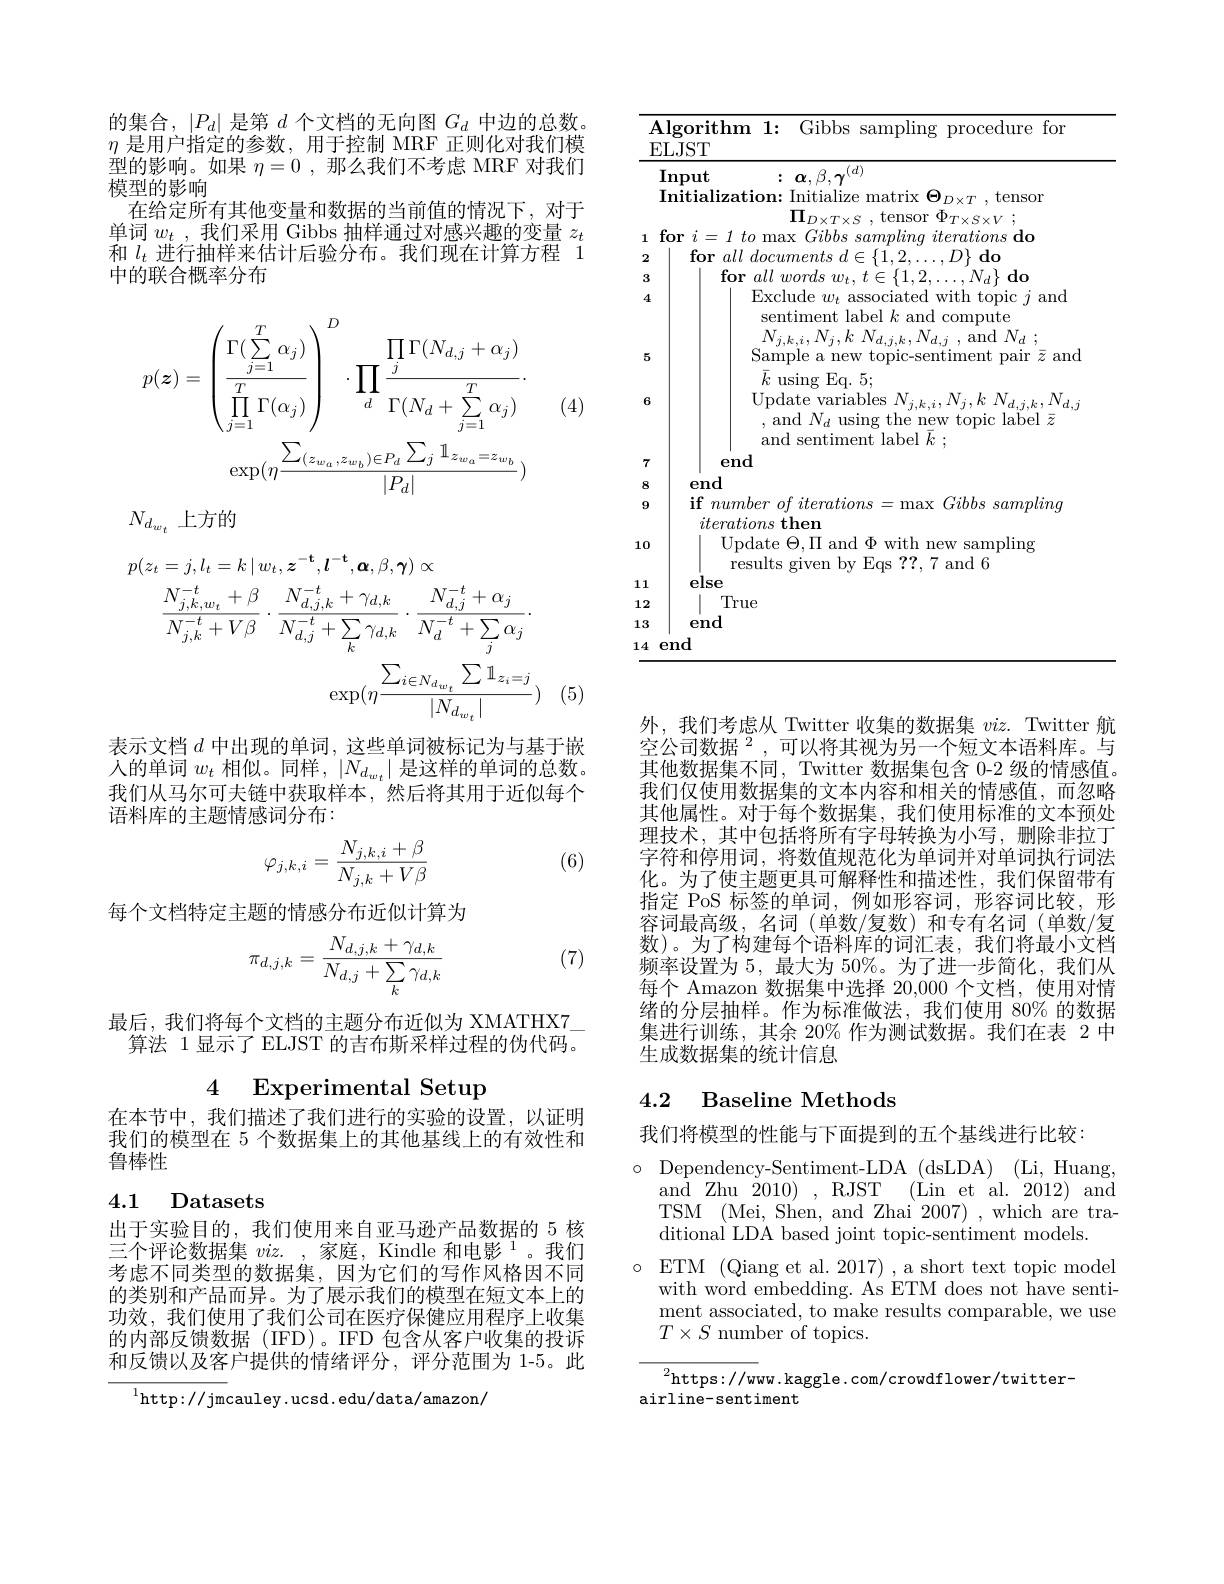
Algorithm 1: Gibbs sampling procedure for
ELJST
$\overline{:\:\boldsymbol{\alpha},\beta,\boldsymbol{\gamma}^{(d)}}$
Input
Initialization: Initialize matrix $\Theta _{D\times T}$,tensor
$\Pi _{D\times T\times S}$ ,tensor$\Phi _T\times S\times V$ ;
$1\textbf{for }i= 1\textit{to max Gibbs sampling iterations do}$
2
$\textbf{for }all\textit{documents }d\in \{ \bar{1} , 2, \ldots , D\} \textbf{do}$
3
$\textbf{for }all\textit{words }w_{t}, t\in \{ 1, 2, \ldots , N_{d}\} \textbf{do}$
Exclude $w_t$ associated with topic $j$ and
4
sentiment label $k$ and compute
$\begin{array}{c}{N_{j,k,i},N_{j},k~N_{d,j,k},N_{d,j}~,~and~N_{d}~;}\\{\mathrm{Sample~a~new~topic-sentiment~pair~}\bar{z}~and}\\\end{array}$
5
$\underset{\mathrm{r}}{\operatorname*{\bar{k}}}$using Eq. 5;
$\begin{array}{c}{\mathrm{Update~variables~}N_{j,k,i},N_{j},k~N_{d,j,k},N_{d,j}}\\{,\mathrm{~and~}N_{d}~\mathrm{using~the~new~topic~label~}\bar{z}}\end{array}$
and sentiment label $\bar{k}$ ;
end
7
end
8
if number of iterations = max Gibbs sampling
9
iterations then
10
Update $\Theta,\Pi$ and $\Phi$ with new sampling
results given by Eqs ? ? , 7 and 6
else
111
1 True
12
end
13
14end

的集合，$|P_d|$是第$d$个文档的无向图$G_d$中边的总数$\eta$是用户指定的参数，用于控制 MRF 正则化对我们模型的影响。如果$\eta=0$ ,那么我们不考虑 MRF 对我们模型的影响
在给定所有其他变量和数据的当前值的情况下，对于单词$w_t$,我们采用 Gibbs 抽样通过对感兴趣的变量$z_t$ 和$l_t$进行抽样来估计后验分布。我们现在计算方程 1中的联合概率分布
$$\begin{aligned}p(\boldsymbol{z})&=\left(\frac{\Gamma(\sum_{j=1}^{T}\alpha_{j})}{\prod_{j=1}^{T}\Gamma(\alpha_{j})}\right)^{D}\cdot\prod_{d}\frac{\prod_{j}\Gamma(N_{d,j}+\alpha_{j})}{\Gamma(N_{d}+\sum_{j=1}^{T}\alpha_{j})}\cdot\\&\exp(\eta\frac{\sum_{(z_{w_{a}},z_{w_{b}})\in P_{d}}\sum_{j}\mathbb{1}_{z_{w_{a}}=z_{w_{b}}}}{|P_{d}|})\end{aligned}$$
(4)

$N_{d_{w_t}}$上方的
$$\begin{aligned}p(z_{t}=j,l_{t}=k\mid w_{t},\boldsymbol{z}^{-\mathbf{t}},\boldsymbol{l}^{-\mathbf{t}},\boldsymbol{\alpha},\beta,\boldsymbol{\gamma})\propto\\&\frac{N_{j,k,w_{t}}^{-t}+\beta}{N_{j,k}^{-t}+V\beta}\cdot\frac{N_{d,j,k}^{-t}+\gamma_{d,k}}{N_{d,j}^{-t}+\sum_{k}\gamma_{d,k}}\cdot\frac{N_{d,j}^{-t}+\alpha_{j}}{N_{d}^{-t}+\sum_{j}\alpha_{j}}\cdot\\&\exp(\eta\frac{\sum_{i\in N_{d_{w_{t}}}}\sum\mathbb{1}_{z_{i}=j}}{|N_{d_{w_{t}}}|})\end{aligned}$$
(5)

表示文档$d$中出现的单词，这些单词被标记为与基于嵌入的单词$w_t$相似。同样，$|N_d_{w_t}|$是这样的单词的总数。我们从马尔可夫链中获取样本，然后将其用于近似每个语料库的主题情感词分布：

(6)
$$\varphi_{j,k,i}=\frac{N_{j,k,i}+\beta}{N_{j,k}+V\beta}$$
每个文档特定主题的情感分布近似计算为

(7)
$$\pi_{d,j,k}=\frac{N_{d,j,k}+\gamma_{d,k}}{N_{d,j}+\sum_{k}\gamma_{d,k}}$$
最后，我们将每个文档的主题分布近似为 XMATHX7
算法 1 显示了 ELJST 的吉布斯采样过程的伪代码。

4 Experimental Setup

在本节中，我们描述了我们进行的实验的设置，以证明我们的模型在 5 个数据集上的其他基线上的有效性和鲁棒性

### 4.1 Datasets

出于实验目的，我们使用来自亚马逊产品数据的 5 核三个评论数据集$viz.$ ,家庭，Kindle 和电影 1。我们考虑不同类型的数据集，因为它们的写作风格因不同的类别和产品而异。为了展示我们的模型在短文本上的功效，我们使用了我们公司在医疗保健应用程序上收集的内部反馈数据 (IFD)。IFD 包含从客户收集的投诉和反馈以及客户提供的情绪评分，评分范围为 1-5。此

${^{1}\mathrm{http://jm}}$cauley.ucsd.edu/data/amazon/

外，我们考虑从 Twitter 收集的数据集$viz.$ Twitter 航空公司数据$^2$,可以将其视为另一个短文本语料库。与其他数据集不同，Twitter 数据集包含 0-2 级的情感值。我们仅使用数据集的文本内容和相关的情感值，而忽略其他属性。对于每个数据集，我们使用标准的文本预处理技术，其中包括将所有字母转换为小写，删除非拉丁字符和停用词，将数值规范化为单词并对单词执行词法化。为了使主题更具可解释性和描述性，我们保留带有指定 PoS 标签的单词，例如形容词，形容词比较，形容词最高级，名词(单数/复数)和专有名词(单数/复数)。为了构建每个语料库的词汇表，我们将最小文档频率设置为 5, 最大为 50%。为了进一步简化，我们从每个 Amazon 数据集中选择 20,000 个文档，使用对情绪的分层抽样。作为标准做法，我们使用 80% 的数据集进行训练，其余 20% 作为测试数据。我们在表 2 中生成数据集的统计信息

## 4.2 Baseline Methods

我们将模型的性能与下面提到的五个基线进行比较：

$\circ$ Dependency-Sentiment-LDA(dsLDA) (Li,Huang,
and Zhu $\ddot{2}010)$,RJST $( \dot{\text{Lin et al. 2012) }}$and TSM (Mei, Shen, and Zhai 2007),which are traditional LDA based joint topic-sentiment models.
$\circ$ ETM (Qiang et al. 2017),a short text topic model
with word embedding. As ETM does not have sentiment associated, to make results comparable, we use $T\times S$ number of topics.

${}^{2}$https://www.kaggle.com/crowdflower/twitter-
airline-sentiment